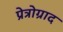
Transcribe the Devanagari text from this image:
प्रेत्रोग्राद